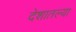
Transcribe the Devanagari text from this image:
देशातल्‍या